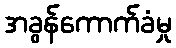
အခွန်ကောက်ခံမှု